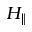
H _ { \parallel }